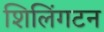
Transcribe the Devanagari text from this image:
शिलिंगटन